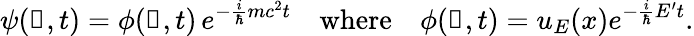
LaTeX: \psi(\mathbb{x},t)=\phi(\mathbb{x},t)\, e^{-{\frac{i}{\hbar}}mc^{2}t}\quad{\textrm{where}}\quad\phi(\mathbb{x},t)=u_{E}(x)e^{-{\frac{i}{\hbar}}E^{\prime}t}.